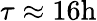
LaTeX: \tau\approx 16\mathrm{h}